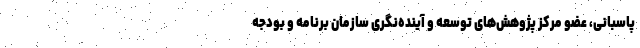
پاسبانی، عضو مرکز پژوهش‌های توسعه و آینده‌نگری سازمان برنامه و بودجه